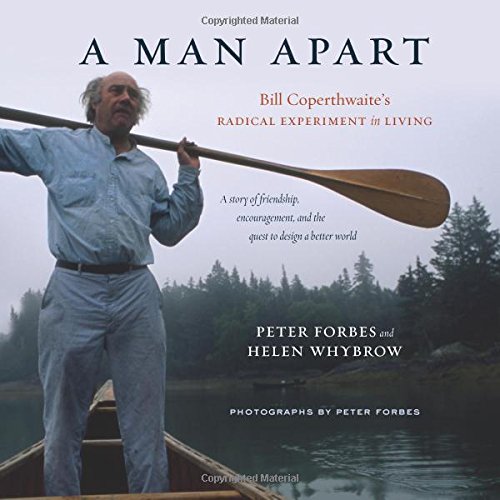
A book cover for A Man Apart: Bill Coperthwaite's Radical Experiment in Living; Peter Forbes; Biographies & Memoirs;